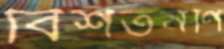
বিশতমণি